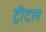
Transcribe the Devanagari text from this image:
ट्रीटल